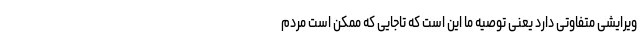
ویرایشی متفاوتی دارد یعنی توصیه ما این است که تاجایی که ممکن است مردم